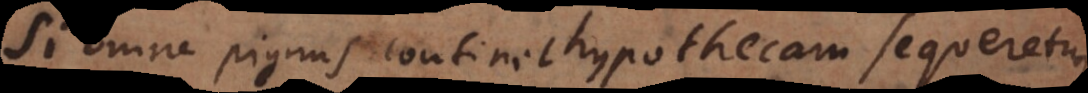
Si omne pignus continet hypothecam sequeretur